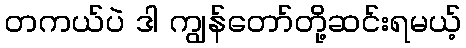
တကယ်ပဲ ဒါ ကျွန်တော်တို့ဆင်းရမယ့်